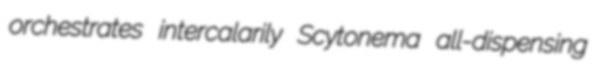
orchestrates intercalarily Scytonema all-dispensing